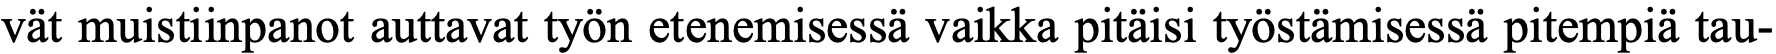
vät muistiinpanot auttavat työn etenemisessä vaikka pitäisi työstämisessä pitempiä tau-